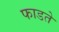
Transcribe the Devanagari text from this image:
फाडते